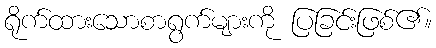
ရိုက်ထားသောစာရွက်များကို ပြခြင်းဖြစ်၏။